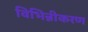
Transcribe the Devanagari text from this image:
विभिन्नीकरण